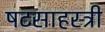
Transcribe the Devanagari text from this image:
षटसाहस्त्री